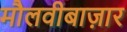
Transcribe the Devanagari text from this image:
मौलवीबाज़ार